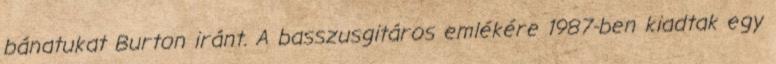
bánatukat Burton iránt. A basszusgitáros emlékére 1987-ben kiadtak egy